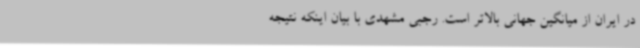
در ایران از میانگین جهانی بالاتر است. رجبی مشهدی با بیان اینکه نتیجه